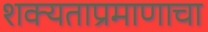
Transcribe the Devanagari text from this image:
शक्यताप्रमाणाचा